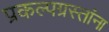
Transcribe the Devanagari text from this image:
प्रकल्पग्रस्तांना